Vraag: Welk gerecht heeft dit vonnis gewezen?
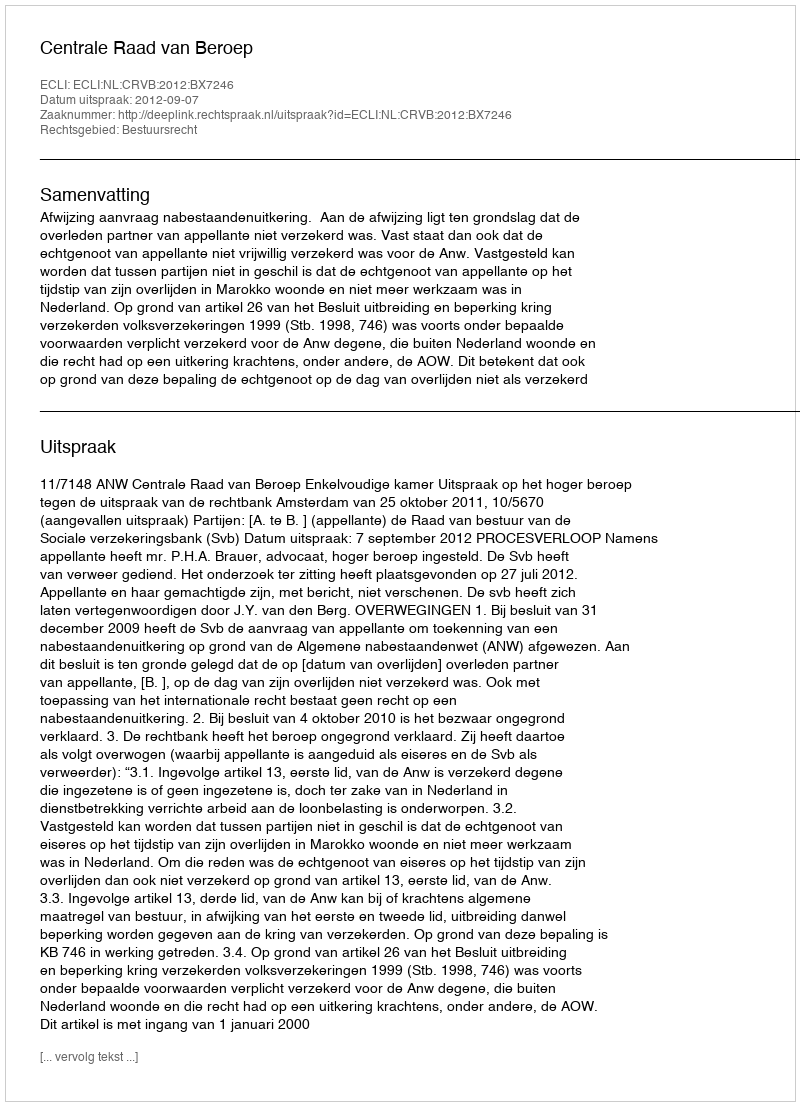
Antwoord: Centrale Raad van Beroep